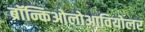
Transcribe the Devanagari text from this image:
ब्रॉन्किओलोआवियोलर